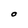
Character: O